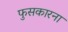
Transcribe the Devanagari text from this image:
फुसकारना